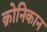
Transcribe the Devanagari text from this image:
क्रोनिकान